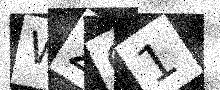
Text: W261